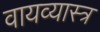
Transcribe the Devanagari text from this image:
वायव्‍यास्‍त्र